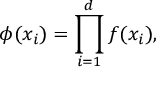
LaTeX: \phi ( x _ { i } ) = \prod _ { i = 1 } ^ { d } f ( x _ { i } ) ,